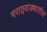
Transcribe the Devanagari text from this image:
मराठ्वाड्यातील